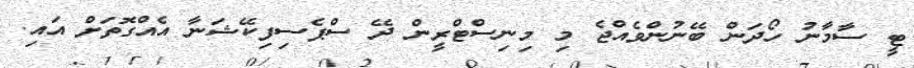
ޓީ ސާމާނު ހޯދަން ބޭނުންވެއްޖެ މި މިނިސްޓްރީން ދޭ ސްޕެސިފިކޭޝަނާ އެއްގޮތަށް އައި.